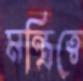
মন্ত্রিত্বে